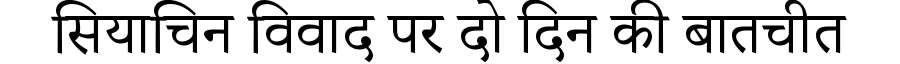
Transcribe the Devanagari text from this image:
सियाचिन विवाद पर दो दिन की बातचीत